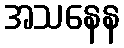
အသနေန